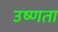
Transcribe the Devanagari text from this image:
उष्‍णता